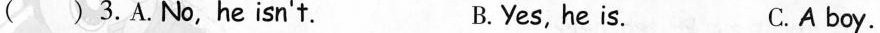
( )3.A.No,he isn't. B. Yes, he is. C.A boy.